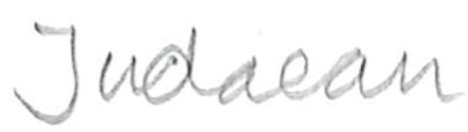
Text: Judaean
Cross-out: clean
Writing tool: pencil